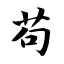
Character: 苟